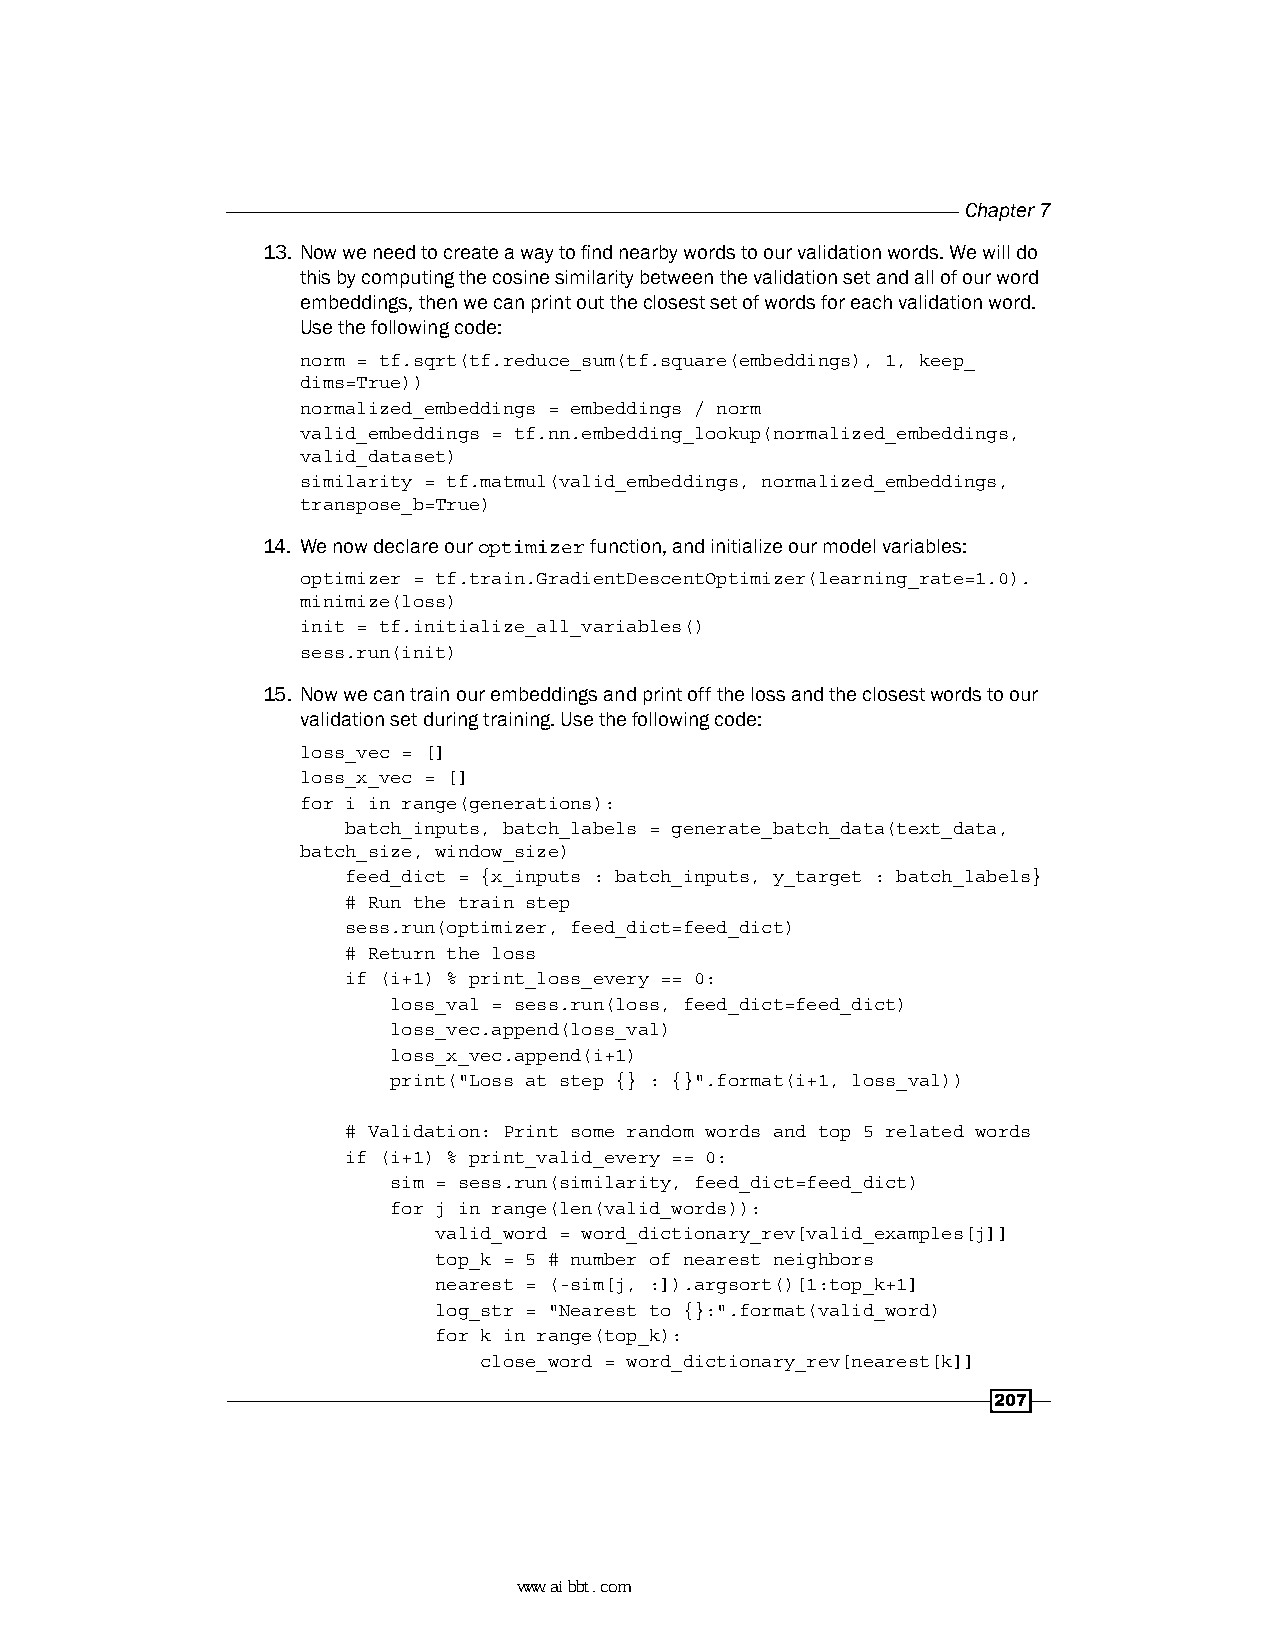
Chapter 7
 13. Now we need to create a way to find nearby words to our validation words. We will do
 this by computing the cosine similarity between the validation set and all of our word
 embeddings, then we can print out the closest set of words for each validation word.
 Use the following code:
 norm = tf.sqrt(tf.reduce_sum(tf.square(embeddings), 1, keep_
 dims=True))
 normalized_embeddings = embeddings / norm
 valid_embeddings = tf.nn.embedding_lookup(normalized_embeddings,
 valid_dataset)
 similarity = tf.matmul(valid_embeddings, normalized_embeddings,
 transpose_b=True)
 14. We now declare our optimizer function, and initialize our model variables:
 optimizer = tf.train.GradientDescentOptimizer(learning_rate=1.0).
 minimize(loss)
 init = tf.initialize_all_variables()
 sess.run(init)
 15. Now we can train our embeddings and print off the loss and the closest words to our
 validation set during training. Use the following code:
 loss_vec = []
 loss_x_vec = []
 for i in range(generations):
 batch_inputs, batch_labels = generate_batch_data(text_data,
 batch_size, window_size)
 feed_dict = {x_inputs : batch_inputs, y_target : batch_labels}
 # Run the train step
 sess.run(optimizer, feed_dict=feed_dict)
 # Return the loss
 if (i+1) % print_loss_every == 0:
 loss_val = sess.run(loss, feed_dict=feed_dict)
 loss_vec.append(loss_val)
 loss_x_vec.append(i+1)
 print("Loss at step {} : {}".format(i+1, loss_val))
 # Validation: Print some random words and top 5 related words
 if (i+1) % print_valid_every == 0:
 sim = sess.run(similarity, feed_dict=feed_dict)
 for j in range(len(valid_words)):
 valid_word = word_dictionary_rev[valid_examples[j]]
 top_k = 5 # number of nearest neighbors
 nearest = (-sim[j, :]).argsort()[1:top_k+1]
 log_str = "Nearest to {}:".format(valid_word)
 for k in range(top_k):
 close_word = word_dictionary_rev[nearest[k]]
 207
 www.aibbt.com 让未来触手可及